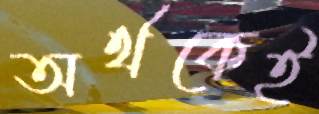
অর্থকেই